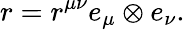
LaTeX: r=r^{\mu\nu}e_{\mu}\otimes e_{\nu}.